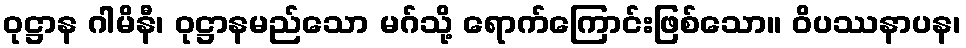
ဝုဋ္ဌာန ဂါမိနီ၊ ဝုဋ္ဌာနမည်သော မဂ်သို့ ရောက်ကြောင်းဖြစ်သော။ ဝိပဿနာပန၊